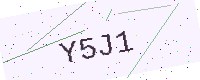
Text: Y5J1